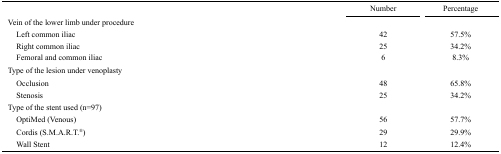
|  | Number | Percentage |
 | --- | --- | --- |
 | Vein of the lower limb under procedure |  |  |
 | Left common iliac | 42 | 57.5% |
 | Right common iliac | 25 | 34.2% |
 | Femoral and common iliac | 6 | 8.3% |
 | Type of the lesion under venoplasty |  |  |
 | Occlusion | 48 | 65.8% |
 | Stenosis | 25 | 34.2% |
 | Type of the stent used (n=97) |  |  |
 | OptiMed (Venous) | 56 | 57.7% |
 | Cordis (S.M.A.R.T.®) | 29 | 29.9% |
 | Wall Stent | 12 | 12.4% |